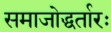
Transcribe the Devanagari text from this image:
समाजोद्धर्तारः